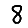
Digit: 8